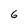
Character: 6